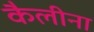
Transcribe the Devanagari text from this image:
कैलीना